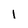
Character: I